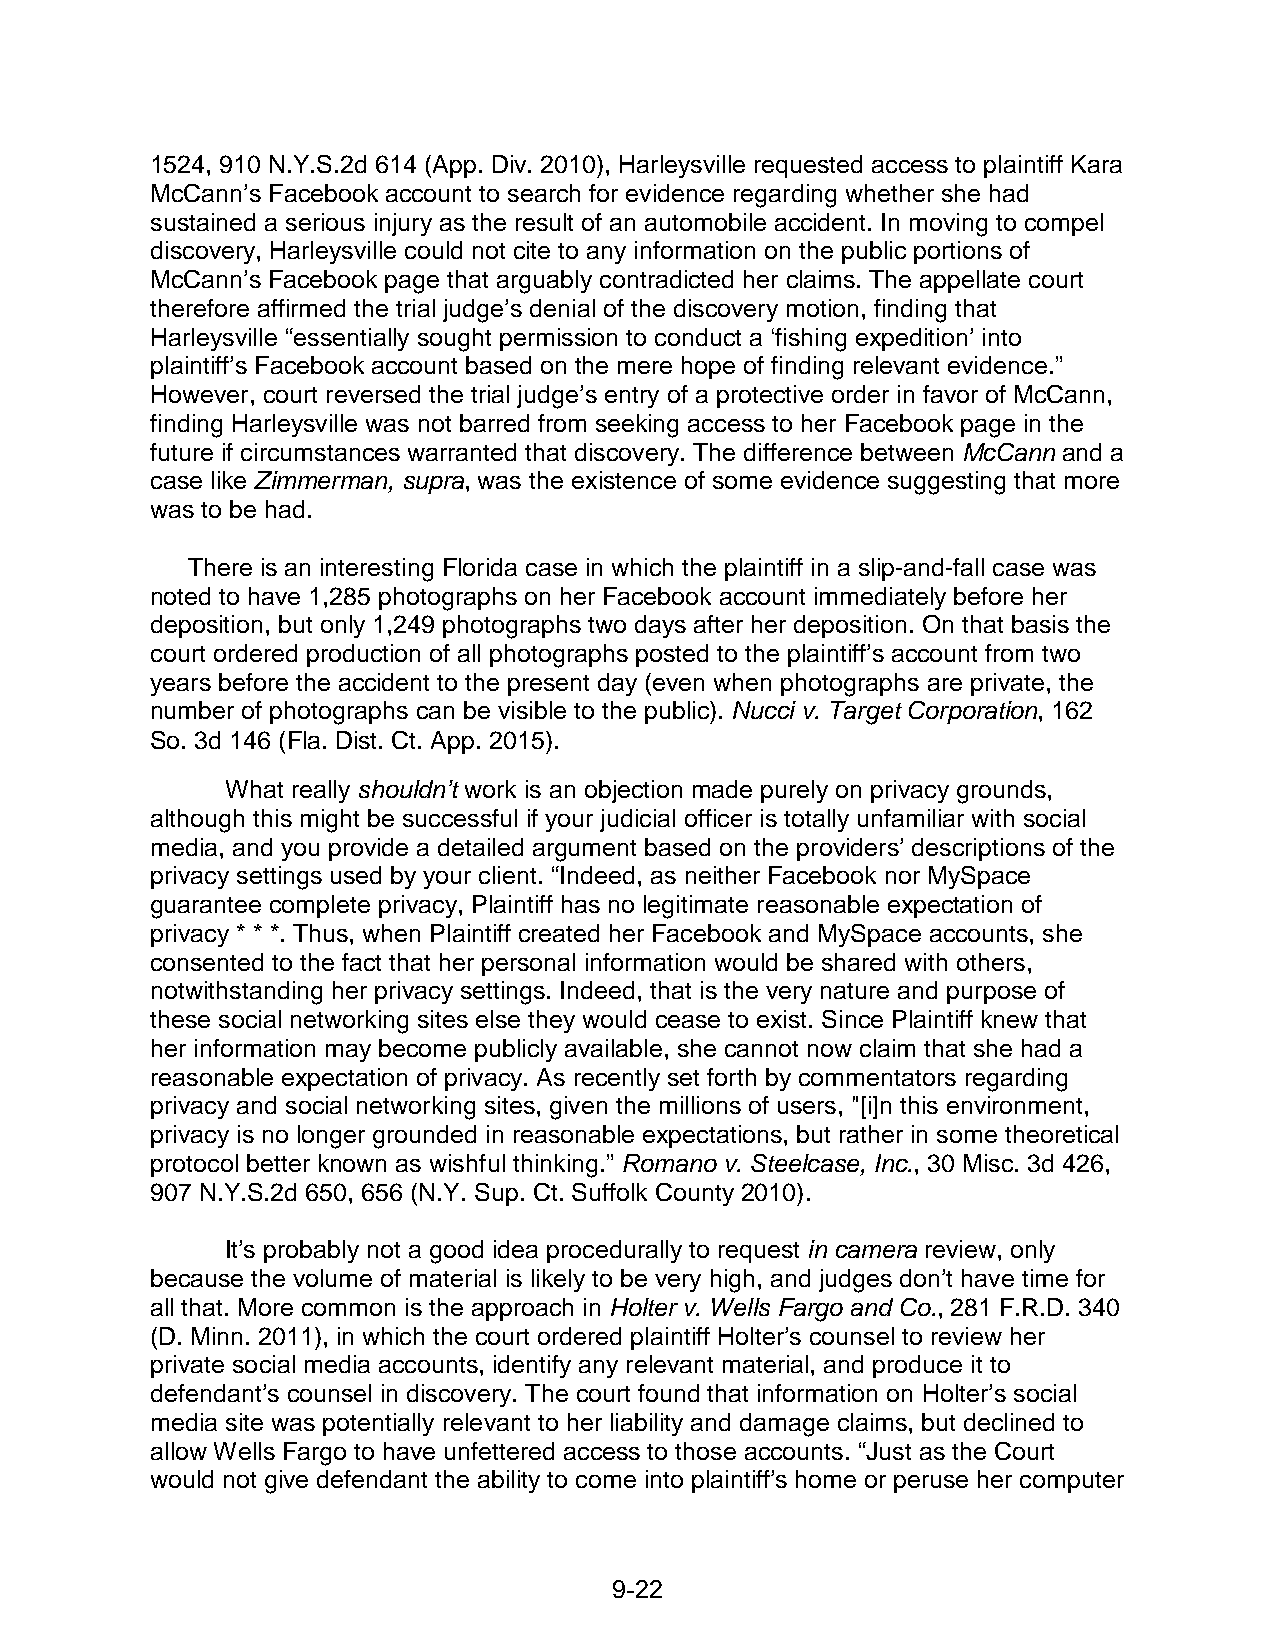
1524, 910 N.Y.S.2d 614 (App. Div. 2010), Harleysville requested access to plaintiff Kara
 McCann’s Facebook account to search for evidence regarding whether she had
 sustained a serious injury as the result of an automobile accident. In moving to compel
 discovery, Harleysville could not cite to any information on the public portions of
 McCann’s Facebook page that arguably contradicted her claims. The appellate court
 therefore affirmed the trial judge’s denial of the discovery motion, finding that
 Harleysville “essentially sought permission to conduct a ‘fishing expedition’ into
 plaintiff’s Facebook account based on the mere hope of finding relevant evidence.”
 However, court reversed the trial judge’s entry of a protective order in favor of McCann,
 finding Harleysville was not barred from seeking access to her Facebook page in the
 future if circumstances warranted that discovery. The difference between McCann and a
 case like Zimmerman, supra, was the existence of some evidence suggesting that more
 was to be had.
 There is an interesting Florida case in which the plaintiff in a slip-and-fall case was
 noted to have 1,285 photographs on her Facebook account immediately before her
 deposition, but only 1,249 photographs two days after her deposition. On that basis the
 court ordered production of all photographs posted to the plaintiff’s account from two
 years before the accident to the present day (even when photographs are private, the
 number of photographs can be visible to the public). Nucci v. Target Corporation, 162
 So. 3d 146 (Fla. Dist. Ct. App. 2015).
 What really shouldn’t work is an objection made purely on privacy grounds,
 although this might be successful if your judicial officer is totally unfamiliar with social
 media, and you provide a detailed argument based on the providers’ descriptions of the
 privacy settings used by your client. “Indeed, as neither Facebook nor MySpace
 guarantee complete privacy, Plaintiff has no legitimate reasonable expectation of
 privacy * * *. Thus, when Plaintiff created her Facebook and MySpace accounts, she
 consented to the fact that her personal information would be shared with others,
 notwithstanding her privacy settings. Indeed, that is the very nature and purpose of
 these social networking sites else they would cease to exist. Since Plaintiff knew that
 her information may become publicly available, she cannot now claim that she had a
 reasonable expectation of privacy. As recently set forth by commentators regarding
 privacy and social networking sites, given the millions of users, "[i]n this environment,
 privacy is no longer grounded in reasonable expectations, but rather in some theoretical
 protocol better known as wishful thinking.” Romano v. Steelcase, Inc., 30 Misc. 3d 426,
 907 N.Y.S.2d 650, 656 (N.Y. Sup. Ct. Suffolk County 2010).
 It’s probably not a good idea procedurally to request in camera review, only
 because the volume of material is likely to be very high, and judges don’t have time for
 all that. More common is the approach in Holter v. Wells Fargo and Co., 281 F.R.D. 340
 (D. Minn. 2011), in which the court ordered plaintiff Holter’s counsel to review her
 private social media accounts, identify any relevant material, and produce it to
 defendant’s counsel in discovery. The court found that information on Holter’s social
 media site was potentially relevant to her liability and damage claims, but declined to
 allow Wells Fargo to have unfettered access to those accounts. “Just as the Court
 would not give defendant the ability to come into plaintiff’s home or peruse her computer
 9-2 2